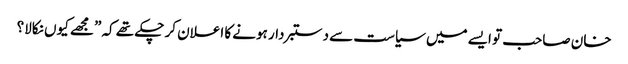
خان صاحب تو ایسے میں سیاست سے دستبردار ہونے کا اعلان کر چکے تھے کہ ”مجھے کیوں نکالا؟